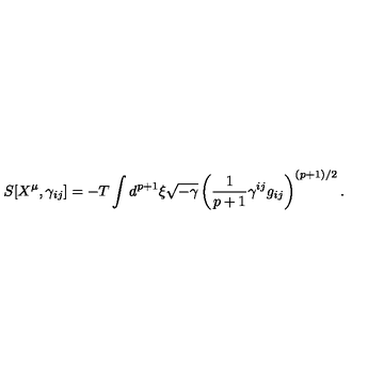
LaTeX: S [ X ^ { \mu } , \gamma _ { i j } ] = - T \int d ^ { p + 1 } \xi \sqrt { - \gamma } \left( \frac { 1 } { p + 1 } \gamma ^ { i j } g _ { i j } \right) ^ { ( p + 1 ) / 2 } .